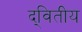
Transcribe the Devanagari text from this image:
द्‌वितीय